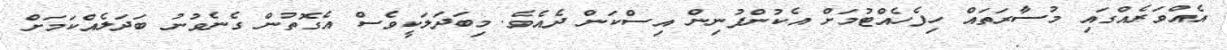
އެއްވަރެއްގައި މުސާރަތައް ހިފެހެއްޓުމަށް އެކުންފުނިން އިސްކަން ދެއެވެ. މިބަދަލަކީވެސް އެގޮތުން ގެނެވުނު ބަދަލެއްކަމަށް